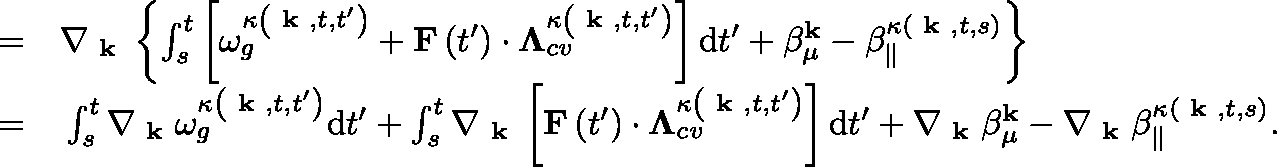
\begin{array} { r l } { = } & { { } \nabla _ { \textbf { k } } \left\{ \int _ { s } ^ { t } \left[ \omega _ { g } ^ { \kappa \left( \textbf { k } , t , t ^ { \prime } \right) } + \mathbf { F } \left( t ^ { \prime } \right) \cdot \mathbf { \Lambda } _ { c v } ^ { \kappa \left( \textbf { k } , t , t ^ { \prime } \right) } \right] \mathrm { d } t ^ { \prime } + \beta _ { \mu } ^ { \mathbf { k } } - \beta _ { \| } ^ { \kappa ( \textbf { k } , t , s ) } \right\} } \\ { = } & { { } \int _ { s } ^ { t } \nabla _ { \textbf { k } } \omega _ { g } ^ { \kappa \left( \textbf { k } , t , t ^ { \prime } \right) } \mathrm { d } t ^ { \prime } + \int _ { s } ^ { t } \nabla _ { \textbf { k } } \left[ \mathbf { F } \left( t ^ { \prime } \right) \cdot \mathbf { \Lambda } _ { c v } ^ { \kappa \left( \textbf { k } , t , t ^ { \prime } \right) } \right] \mathrm { d } t ^ { \prime } + \nabla _ { \textbf { k } } \beta _ { \mu } ^ { \mathbf { k } } - \nabla _ { \textbf { k } } \beta _ { \| } ^ { \kappa ( \textbf { k } , t , s ) } . } \end{array}